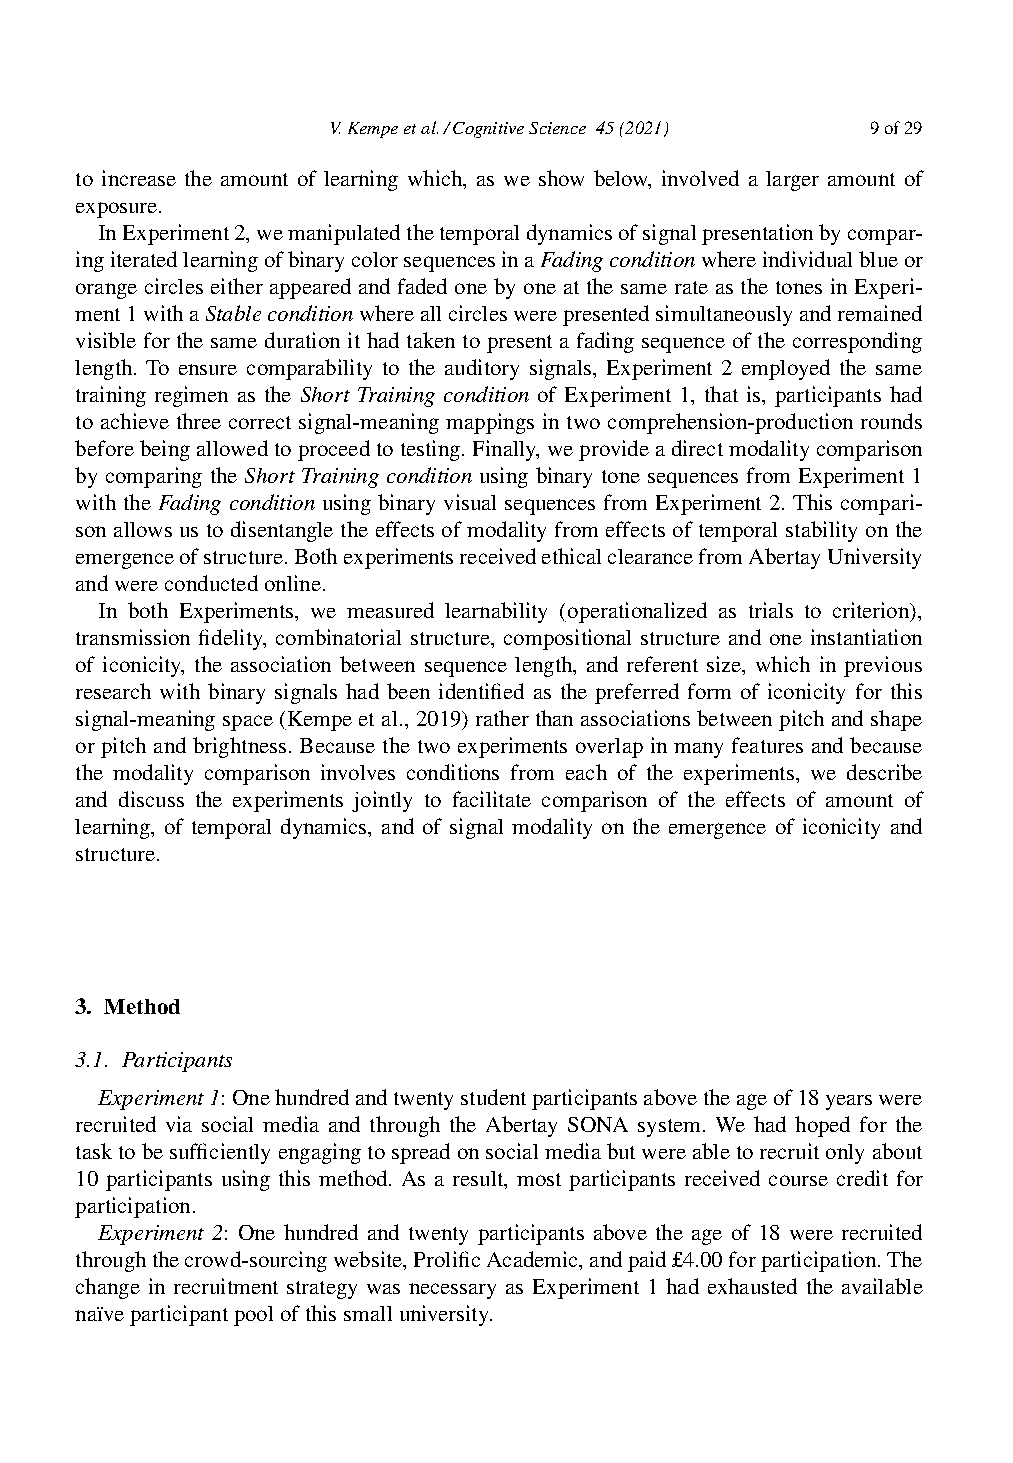
V.Kempeetal./CognitiveScience 45(2021) 9of29
 to increase the amount of learning which, as we show below, involved a larger amount of
 exposure.
 InExperiment2,wemanipulatedthetemporaldynamicsofsignalpresentationbycompar-
 ingiteratedlearningofbinarycolorsequencesinaFadingconditionwhereindividualblueor
 orange circles either appeared and faded one by one at the same rate as the tones in Experi-
 ment1withaStableconditionwhereallcircleswerepresentedsimultaneouslyandremained
 visible for the same duration it had taken to present a fading sequence of the corresponding
 length. To ensure comparability to the auditory signals, Experiment 2 employed the same
 training regimen as the Short Training condition of Experiment 1, that is, participants had
 to achieve three correct signal-meaning mappings in two comprehension-production rounds
 beforebeingallowedtoproceedtotesting.Finally,weprovideadirectmodalitycomparison
 by comparing the Short Training condition using binary tone sequences from Experiment 1
 with the Fading condition using binary visual sequences from Experiment 2. This compari-
 son allows us to disentangle the effects of modality from effects of temporal stability on the
 emergenceofstructure.BothexperimentsreceivedethicalclearancefromAbertayUniversity
 andwereconductedonline.
 In both Experiments, we measured learnability (operationalized as trials to criterion),
 transmission fidelity, combinatorial structure, compositional structure and one instantiation
 of iconicity, the association between sequence length, and referent size, which in previous
 research with binary signals had been identified as the preferred form of iconicity for this
 signal-meaningspace(Kempe et al., 2019) ratherthanassociationsbetweenpitchandshape
 or pitch and brightness. Because the two experiments overlap in many features and because
 the modality comparison involves conditions from each of the experiments, we describe
 and discuss the experiments jointly to facilitate comparison of the effects of amount of
 learning, of temporal dynamics, and of signal modality on the emergence of iconicity and
 structure.
 3. Method
 3.1. Participants
 Experiment1:Onehundredandtwentystudentparticipantsabovetheageof18yearswere
 recruited via social media and through the Abertay SONA system. We had hoped for the
 tasktobesufficientlyengagingtospreadonsocialmediabutwereabletorecruitonlyabout
 10 participants using this method. As a result, most participants received course credit for
 participation.
 Experiment 2: One hundred and twenty participants above the age of 18 were recruited
 throughthecrowd-sourcingwebsite,ProlificAcademic,andpaid£4.00forparticipation.The
 change in recruitment strategy was necessary as Experiment 1 had exhausted the available
 naïveparticipantpoolofthissmalluniversity.